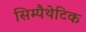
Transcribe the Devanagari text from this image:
सिम्पैथेटिक